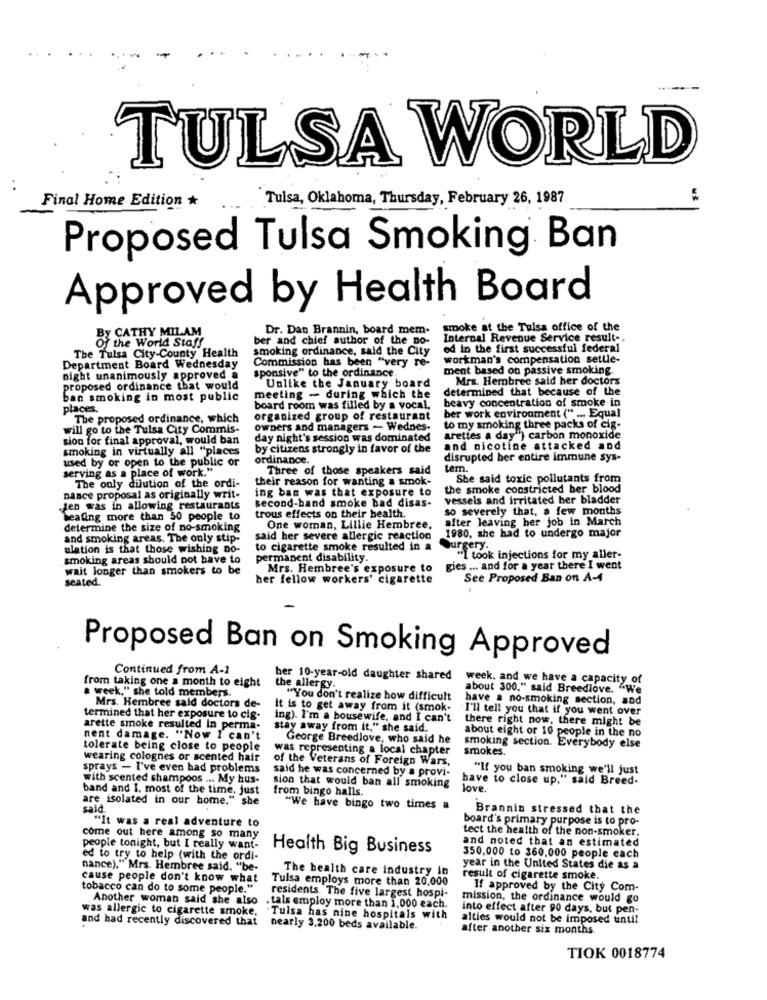
TULSA WORLD
..
"Tulsa, Oklahoma, Thursday, February 26, 1987
Final Home Edition
Proposed Tulsa Smoking Ban
Approved by Health Board
Dr. Dan Brannin, board mem.
smoke at the Tulsa office of the
BY CATHY MILAM
ber and chief author of the Do-
Internal Revenue Service result-
Of the World Staff
smoking ordinance, said the City
od in the first successful federal
The Tulsa City-County Health
Commission has been "very re-
workman's compensation settle-
Department Board Wednesday
ment based on passive smoking.
night unanimously approved a
sponsive" to the ordinance.
Mrs. Hembree said her doctors
proposed ordinance that would
Unlike the January board
determined that because of the
ban smoking in most public
meeting - during which the
beavy concentration of smoke in
places.
board room was filled by a vocal,
ber work environment (" ... Equal
The proposed ordinance, which
organized group of restaurant
will go to the Tulsa City Commis-
owners and managers - Wednes-
to my smoking three packs of cig-
sion for final approval, would ban
day night's session was dominated
arettes a day"} carbon monoxide
smoking in virtually all "places
by citizens strongly in favor of the
and nicotine attacked and
used by or open to the public or
ordinance.
disrupted her entire immune sys-
serving as a place of work."
Three of those speakers said
tem.
their reason for wanting a smok-
She said toxic pollutants from
The only dilution of the ordi-
ing ban was that exposure to
the smoke constricted her blood
nasce proposal as originally writ-
second-hand smoke bad disas-
vessels and irritated her bladder
.jen was in allowing restaurants
so severely that, a few months
healing more than 50 people to
trous effects on their health.
after leaving her job in March
determine the size of no-smoking
One woman, Lillie Hembree.
and smoking areas. The only stip-
said her severe allergic reaction
1980, she had to undergo major
ulation is that those wishing Do-
to cigarette smoke resulted in a
burgery.
smoking areas should not have to
permanent disability.
"i took injections for my aller-
wait longer than smokers to be
Mrs. Hembree's exposure to
gies ... and for a year there I went
seated.
her fellow workers' cigarette
See Proposed Ban on A-4
Proposed Ban on Smoking Approved
Continued from A-1
her 10-year-old daughter shared
week. and we have a capacity of
from taking one a month to eight
the allergy.
about 300." said Breedlove. "We
a week," she told members.
"You don't realize how difficult
have a no-smoking section, and
Mrs. Hembree said doctors de-
It is to get away from it (smok-
I'll tell you that if you went over
termined that her exposure to cig-
ing). I'm a housewife, and I can't
there right now, there might be
arette smoke resulted In perma-
stay away from it," she said.
about eight or 10 people in the no
nent damage. "Now I can't
George Breedlove, who said he
tolerate being close to people
was representing a local chapter
smokes.
smoking section. Everybody else
wearing colognes or scented hair
of the Veterans of Foreign Wars,
sprays - I've even had problems
said he was concerned by a provi-
"If you ban smoking we'll just
with scented shampoos ... My hus-
have to close up," said Breed-
band and I. most of the time, just
from bingo halls.
sion that would ban all smoking
love.
are isolated in our home." she
said.
"We have bingo two times a
Brannin stressed that the
board's primary purpose is to pro-
"It was a real adventure to
tect the health of the non-smoker.
come out here among so many
and noted that an estimated
people tonight, but I really want-
Health Big Business
ed to try to help (with the ordi-
350,000 to 360,000 people each
nance)." Mrs. Hembree said. "be-
The health care industry in
year in the United States die as a
cause people don't know what
Tulsa employs more than 20,000
result of cigarette smoke.
tobacco can do to some people."
residents. The five largest hospi-
If approved by the City Com-
Another woman said she also
mission, the ordinance would go
was allergic to cigarette smoke,
. tals employ more than 1,000 each.
into effect after 90 days, but pen-
and had recently discovered that
. Tulsa has nine hospitals with
alties would not be imposed until
nearly 3,200 beds available.
after another six months
TIOK 0018774